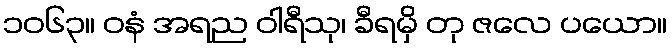
၁၀၆၃။ ဝနံ အရည ဝါရီသု၊ ခီရမှိ တု ဇလေ ပယော။